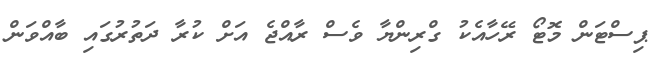
ޕިސްޓަން މޮޓޯ ރޭހާއެކު ގްރިންޔާ ވެސް ރާއްޖެ އަށް ކުރާ ދަތުރުގައި ބާއްވަން